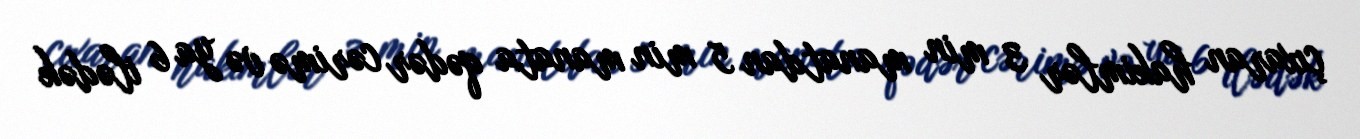
çıxaran hakimlər 3 min manatdan 5 min manata qədər cərimə və ya 6 ilədək